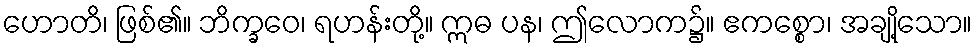
ဟောတိ၊ ဖြစ်၏။ ဘိက္ခဝေ၊ ရဟန်းတို့။ ဣဓ ပန၊ ဤလောက၌။ ဧကစ္စော၊ အချို့သော။